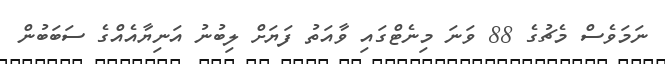
ނަމަވެސް މެޗުގެ 88 ވަނަ މިނެޓްގައި ވާއަތު ފަޔަށް ލިބުނު އަނިޔާއެއްގެ ސަބަބުން